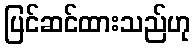
ပြင်ဆင်ထားသည်ဟု